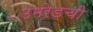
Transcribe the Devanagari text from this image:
उमरेडची